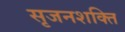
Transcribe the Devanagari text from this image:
सृजनशक्ति